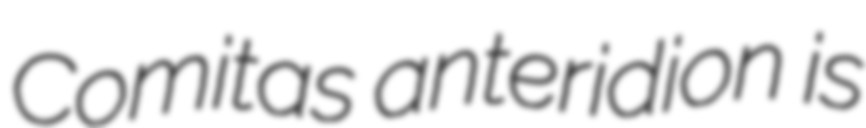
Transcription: Comitas anteridion is